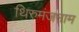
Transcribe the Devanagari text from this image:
थिरुमंजनाम